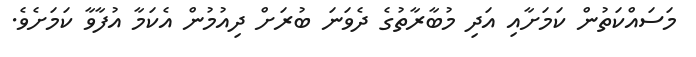
މަސައްކަތުން ކަމަށާއި އަދި މުބާރާތުގެ ދެވަނަ ބުރަށް ދިއުމުން އެކަމާ އުފާވާ ކަމަށެވެ.